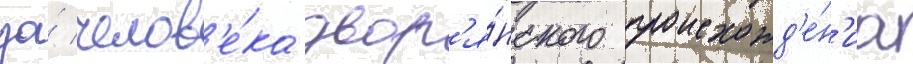
за́ челов'е́ка двор'я́нского происхожд'е́н'иа